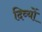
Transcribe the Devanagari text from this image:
दिव्यों